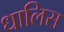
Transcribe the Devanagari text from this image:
धालिस